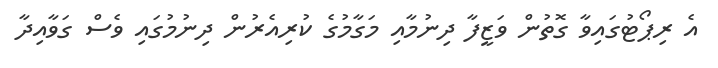
އެ ރިޕޯޓުގައިވާ ގޮތުން ވަޒީފާ ދިނުމާއި މަގާމުގެ ކުރިއެރުން ދިނުމުގައި ވެސް ގަވާއިދާ